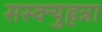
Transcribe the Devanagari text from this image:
सस्क्युहन्ना